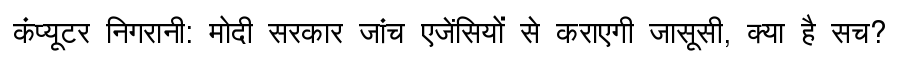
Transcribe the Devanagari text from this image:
कंप्यूटर निगरानी: मोदी सरकार जांच एजेंसियों से कराएगी जासूसी, क्या है सच?